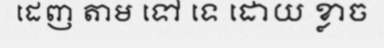
ដេញ តាម ទៅ ទេ ដោយ ខ្លាច